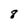
Character: 8